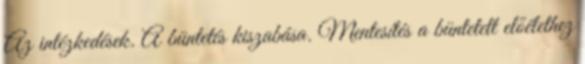
Az intézkedések. A büntetés kiszabása. Mentesítés a büntetett előélethez